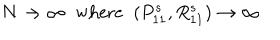
LaTeX: N \rightarrow \infty \; \; \mathrm { w h e r e } \; \; ( P _ { 1 1 } ^ { s } , R _ { 1 1 } ^ { s } ) \rightarrow \infty